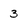
Character: 3